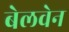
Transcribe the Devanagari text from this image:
बेलवेन